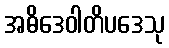
အဓိဒေဝါတိပဒေသု